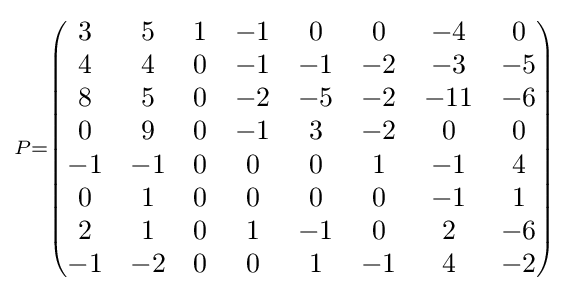
\scriptstyle P={\begin{pmatrix}3&5&1&-1&0&0&-4&0\\4&4&0&-1&-1&-2&-3&-5\\8&5&0&-2&-5&-2&-11&-6\\0&9&0&-1&3&-2&0&0\\-1&-1&0&0&0&1&-1&4\\0&1&0&0&0&0&-1&1\\2&1&0&1&-1&0&2&-6\\-1&-2&0&0&1&-1&4&-2\end{pmatrix}}